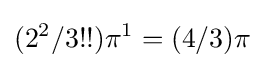
(2^{2}/3!!)\pi ^{1}=(4/3)\pi